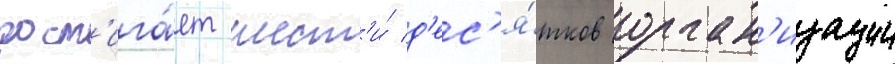
дост'ига́ет шест'и́ д'ес'я́тков орган'изации